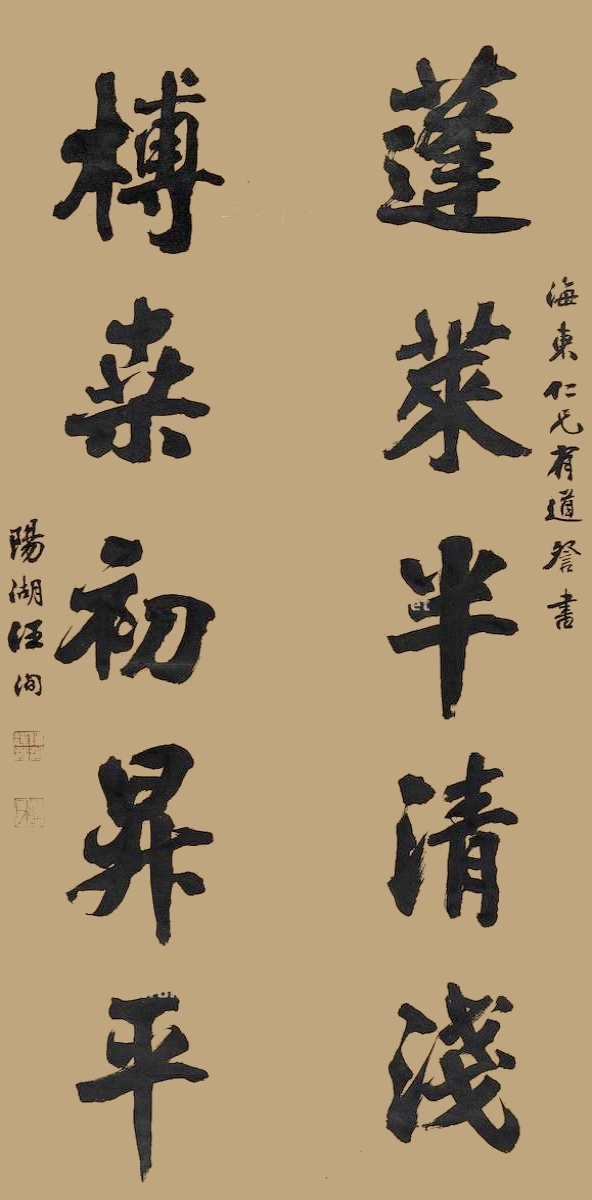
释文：蓬莱半清浅，榑桒初升平。海东仁兄有道詧书，阳湖汪洵。